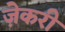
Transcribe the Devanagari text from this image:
ज़ेकरी